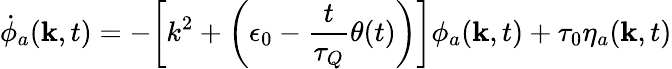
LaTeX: {\dot{\phi}}_{a}({\mathbf k},t)=-\bigg[k^{2}+\bigg({\epsilon_{0}-\frac{t}{\tau_{Q}}\theta(t)\bigg)\bigg]\phi_{a}(\mathbf k},t)+\tau_{0}\eta_{a}({\mathbf k},t)